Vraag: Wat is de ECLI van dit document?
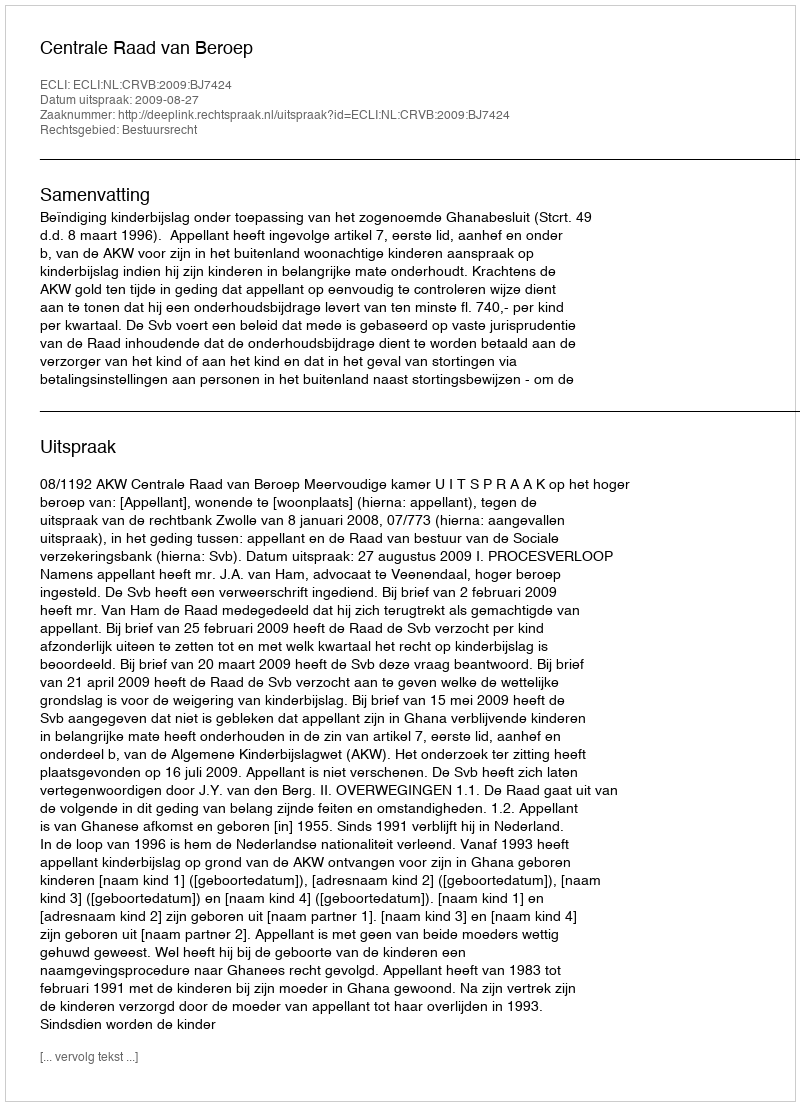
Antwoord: ECLI:NL:CRVB:2009:BJ7424